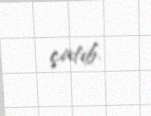
çatıb.